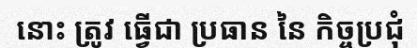
នោះ ត្រូវ ធ្វើជា ប្រធាន នៃ កិច្ចប្រជុំ